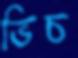
ভিচ